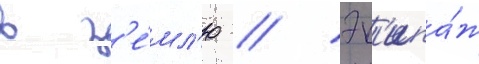
в з'е́мл'ю // Эк'ипа́ж